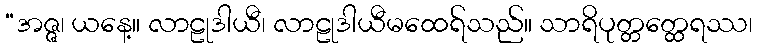
“အဇ္ဇ၊ ယနေ့။ လာဠုဒါယီ၊ လာဠုဒါယီမထေရ်သည်။ သာရိပုတ္တတ္ထေရဿ၊